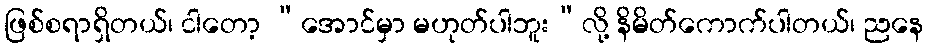
ဖြစ်စရာရှိတယ်၊ ငါတော့ “အောင်မှာ မဟုတ်ပါဘူး”လို့ နိမိတ်ကောက်ပါတယ်၊ ညနေ